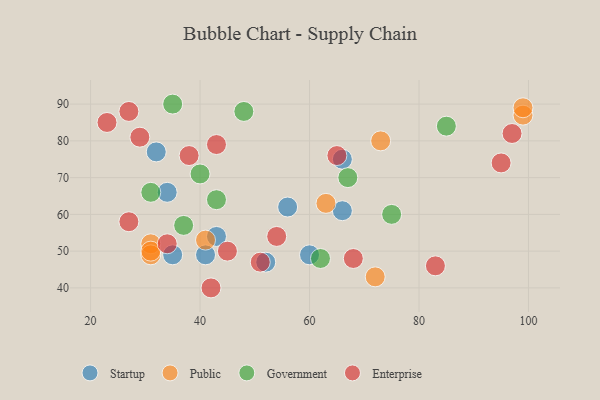
{"axis": {"x": "GDP", "y": "Life Expectancy"}, "legend": ["Enterprise", "Government", "Public", "Startup"], "data": [{"x": "34", "y": 66, "type": "Startup"}, {"x": "41", "y": 49, "type": "Startup"}, {"x": "66", "y": 75, "type": "Startup"}, {"x": "60", "y": 49, "type": "Startup"}, {"x": "66", "y": 61, "type": "Startup"}, {"x": "43", "y": 54, "type": "Startup"}, {"x": "52", "y": 47, "type": "Startup"}, {"x": "32", "y": 77, "type": "Startup"}, {"x": "56", "y": 62, "type": "Startup"}, {"x": "35", "y": 49, "type": "Startup"}, {"x": "63", "y": 63, "type": "Public"}, {"x": "31", "y": 52, "type": "Public"}, {"x": "72", "y": 43, "type": "Public"}, {"x": "31", "y": 49, "type": "Public"}, {"x": "31", "y": 50, "type": "Public"}, {"x": "41", "y": 53, "type": "Public"}, {"x": "99", "y": 87, "type": "Public"}, {"x": "99", "y": 89, "type": "Public"}, {"x": "73", "y": 80, "type": "Public"}, {"x": "67", "y": 70, "type": "Government"}, {"x": "85", "y": 84, "type": "Government"}, {"x": "37", "y": 57, "type": "Government"}, {"x": "31", "y": 66, "type": "Government"}, {"x": "48", "y": 88, "type": "Government"}, {"x": "62", "y": 48, "type": "Government"}, {"x": "43", "y": 64, "type": "Government"}, {"x": "75", "y": 60, "type": "Government"}, {"x": "35", "y": 90, "type": "Government"}, {"x": "40", "y": 71, "type": "Government"}, {"x": "95", "y": 74, "type": "Enterprise"}, {"x": "68", "y": 48, "type": "Enterprise"}, {"x": "65", "y": 76, "type": "Enterprise"}, {"x": "42", "y": 40, "type": "Enterprise"}, {"x": "43", "y": 79, "type": "Enterprise"}, {"x": "54", "y": 54, "type": "Enterprise"}, {"x": "45", "y": 50, "type": "Enterprise"}, {"x": "83", "y": 46, "type": "Enterprise"}, {"x": "97", "y": 82, "type": "Enterprise"}, {"x": "38", "y": 76, "type": "Enterprise"}, {"x": "27", "y": 58, "type": "Enterprise"}, {"x": "29", "y": 81, "type": "Enterprise"}, {"x": "27", "y": 88, "type": "Enterprise"}, {"x": "51", "y": 47, "type": "Enterprise"}, {"x": "23", "y": 85, "type": "Enterprise"}, {"x": "34", "y": 52, "type": "Enterprise"}]}